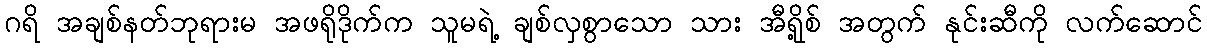
ဂရိ အချစ်နတ်ဘုရားမ အဖရိုဒိုက်က သူမရဲ့ ချစ်လှစွာသော သား အီရို့စ် အတွက် နုင်းဆီကို လက်ဆောင်